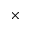
\times